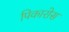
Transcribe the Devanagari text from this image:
पिकारोस